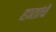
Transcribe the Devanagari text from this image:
हातांचे